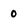
Character: 0